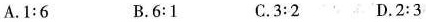
A.1:6 B.6:1 C.3:2 D.2:3